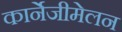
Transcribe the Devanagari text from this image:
कार्नेजीमेलन